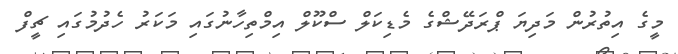
މީގެ އިތުރުން މަދިޔަ ޕްރަދޭޝްގެ މެޑިކަލް ސްކޫލް އިމްތިހާނުގައި މަކަރު ހެދުމުގައި ޗީފް